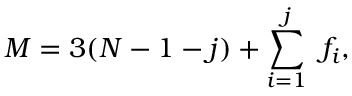
M = 3 ( N - 1 - j ) + \sum _ { i = 1 } ^ { j } \ f _ { i } ,